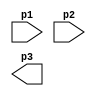
//THIS CODE WAS GENERATED USING THE FASTPATHLOGIC HDL COMPILER
//COPYRIGHT (c) 2006, 2007 FastpathLogic Inc
//OUTPUT FILE NAME  : u.v
//FILE GENERATED ON : Fri Oct 26 14:45:17 2007

module u(p1,
         p2,
         p3);
// Location of source csl unit: file name =  line number = 1
  input p1;
  input p2;
  output p3;
endmodule